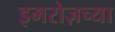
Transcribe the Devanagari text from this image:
इमरोज़च्या